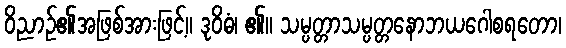
ဝိညာဉ်၏အဖြစ်အားဖြင့်။ ဒုဝိဓံ၊ ၏။ သမ္ပတ္တာသမ္ပတ္တနောဘယဂေါစရတော၊